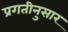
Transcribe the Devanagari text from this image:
प्रगतीनुसार